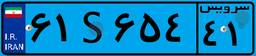
۲۴S۶۱۰۱۷